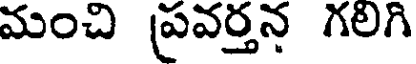
మంచి ప్రవర్తన గలగి